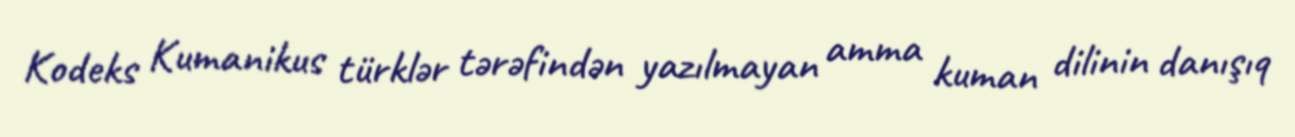
Kodeks Kumanikus türklər tərəfindən yazılmayan amma kuman dilinin danışıq